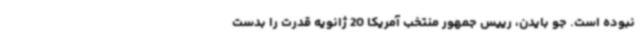
نبوده است. جو بایدن، رییس جمهور منتخب آمریکا 20 ژانویه قدرت را بدست